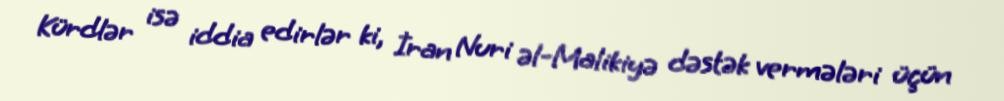
Kürdlər isə iddia edirlər ki, İran Nuri əl-Malikiyə dəstək vermələri üçün